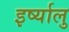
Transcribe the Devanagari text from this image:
इर्ष्यालु